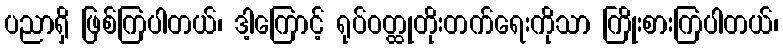
ပညာရှိ ဖြစ်ကြပါတယ်၊ ဒါ့ကြောင့် ရုပ်ဝတ္ထုတိုးတက်ရေးကိုသာ ကြိုးစားကြပါတယ်၊